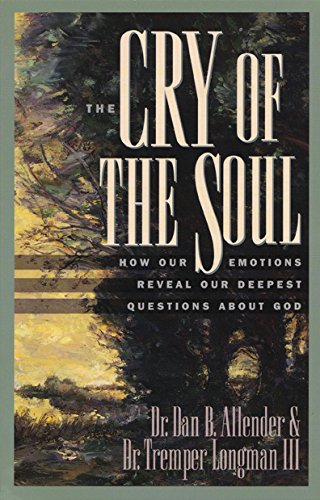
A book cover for The Cry of the Soul: How Our Emotions Reveal Our Deepest Questions About God; Dan B. Allender; Religion & Spirituality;